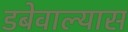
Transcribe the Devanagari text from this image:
डबेवाल्यास